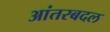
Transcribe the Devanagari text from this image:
आंतरबदल